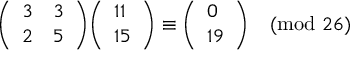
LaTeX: { \left( \begin{array} { l l } { 3 } & { 3 } \\ { 2 } & { 5 } \end{array} \right) } { \left( \begin{array} { l } { 1 1 } \\ { 1 5 } \end{array} \right) } \equiv { \left( \begin{array} { l } { 0 } \\ { 1 9 } \end{array} \right) } { \pmod { 2 6 } }